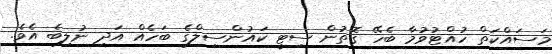
މަސައްކަތް ހުއްޓުވުމާ ބެހޭ ގޮތުން ސިޓީ ކައުންސިލްގެ ބަހެއް އަދި ނުލިބެ އެވެ.